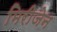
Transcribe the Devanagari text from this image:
मिरीजेन